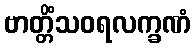
ဗာတ္တိံသဝရလက္ခဏံ